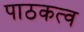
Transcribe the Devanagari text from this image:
पाठकत्व